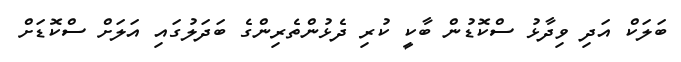
ބަލަކް އަދި ވިދާޅު ސްކޮޑުން ބާކީ ކުރި ދެޅުންތެރިންގެ ބަދަލުގައި އަލަށް ސްކޮޑަށް